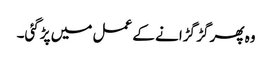
وہ پھر گڑ گڑانے کے عمل میں پڑگئی۔